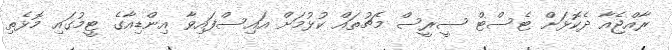
ރާއްޖެއާ ދެކޮޅަށް ޓެސްޓް ސީރީސް މެޗުތައް ކުޅުމަށް އައިސްފައިވާ އިންޑިއާގެ ޓީމުގައި މޮޅެތި